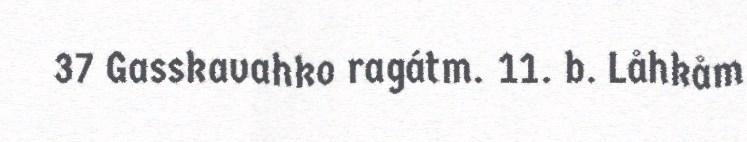
37 Gasskavahko ragátm. 11. b. Låhkåm